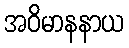
အဝိမာနနာယ